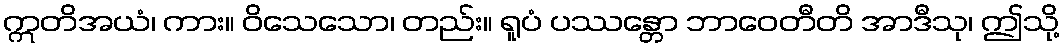
ဣတိအယံ၊ ကား။ ဝိသေသော၊ တည်း။ ရူပံ ပဿန္တော ဘာဝေတီတိ အာဒီသု၊ ဤသို့